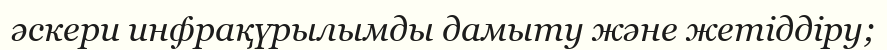
әскери инфрақүрылымды дамыту және жетіддіру;